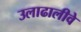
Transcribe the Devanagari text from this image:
उलाढालीवे